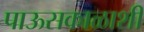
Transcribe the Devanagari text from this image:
पाऊसकाळाशी